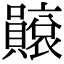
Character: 𧸫